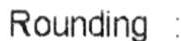
ROUNDING :